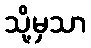
သို့မှသာ